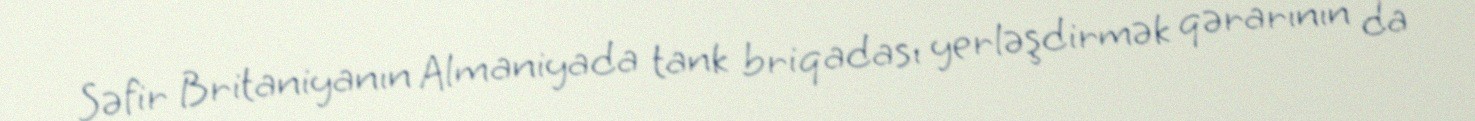
Səfir Britaniyanın Almaniyada tank briqadası yerləşdirmək qərarının da